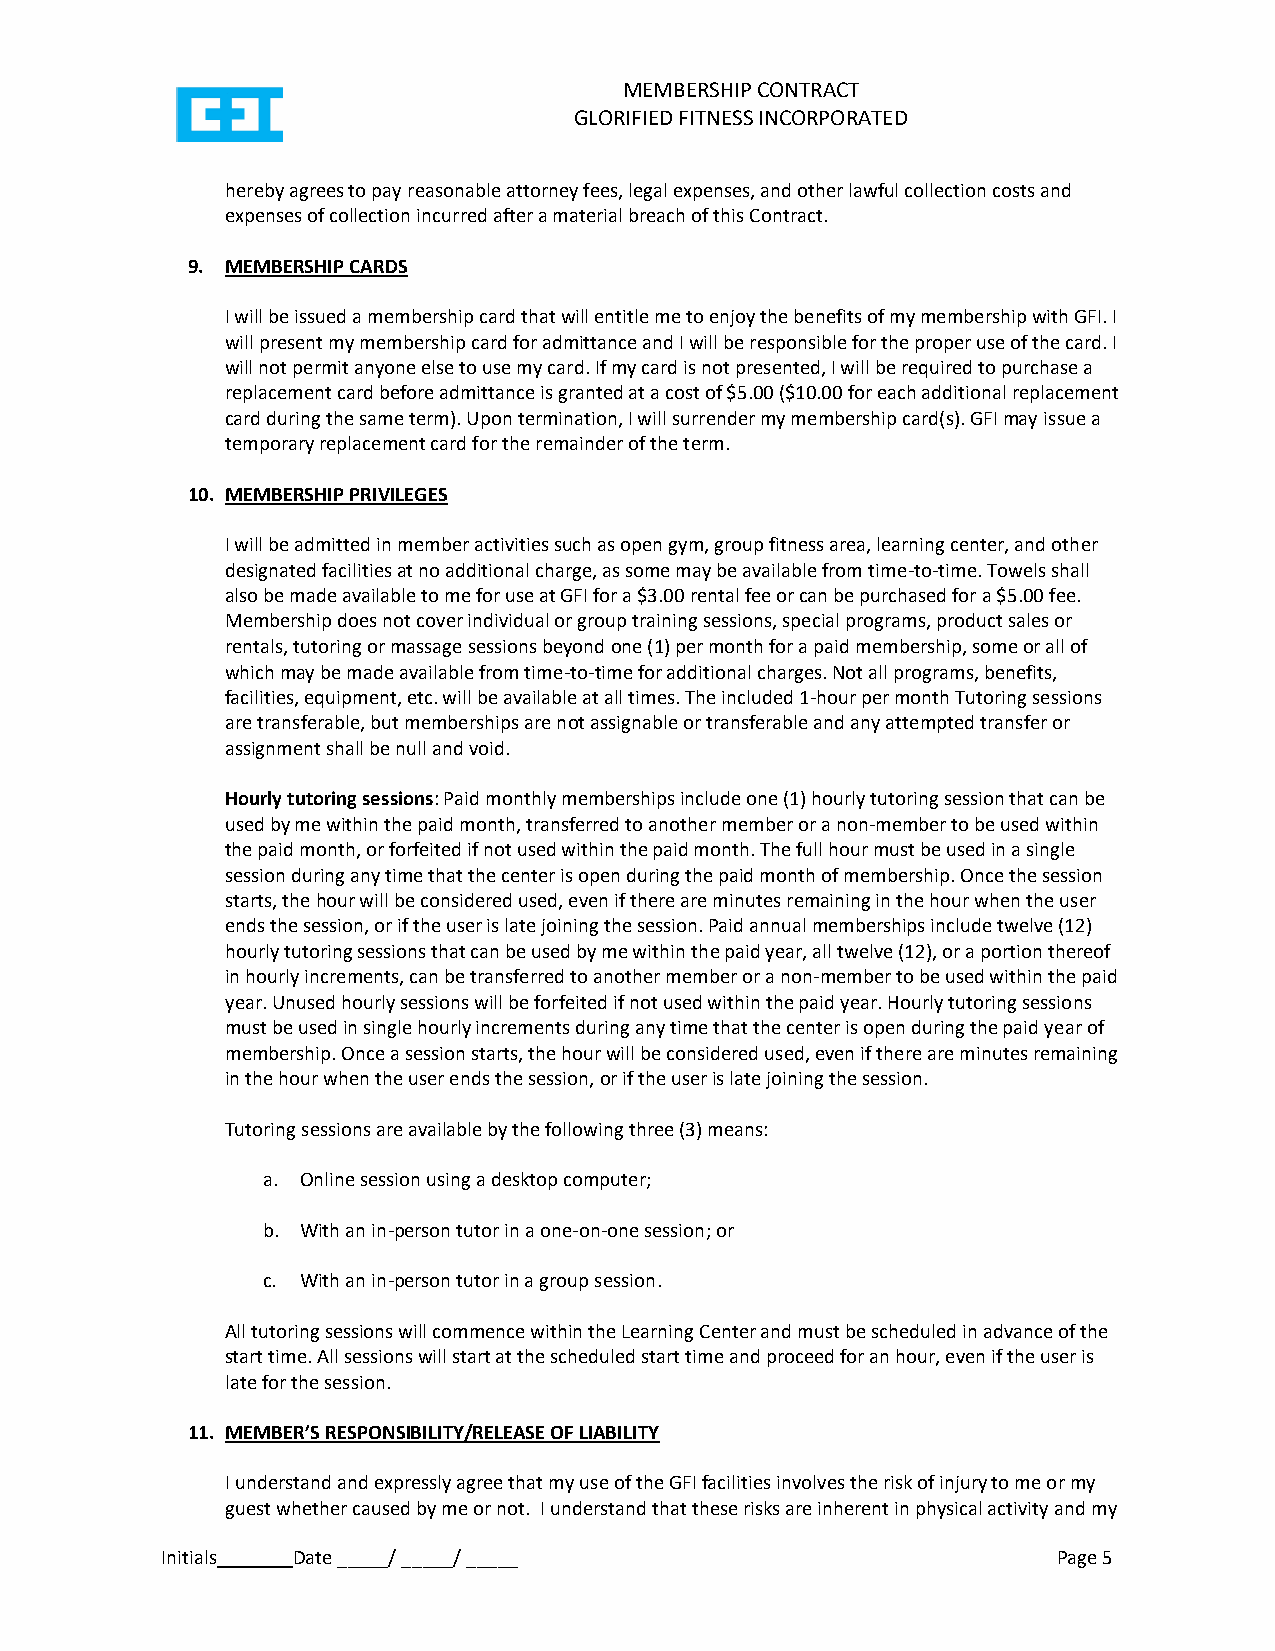
MEMBERSHIP CONTRACT
 GLORIFIED FITNESS INCORPORATED
 hereby agrees to pay reasonable attorney fees, legal expenses, and other lawful collection costs and
 expenses of collection incurred after a material breach of this Contract.
 9. MEMBERSHIP CARDS
 I will be issued a membership card that will entitle me to enjoy the benefits of my membership with GFI. I
 will present my membership card for admittance and I will be responsible for the proper use of the card. I
 will not permit anyone else to use my card. If my card is not presented, I will be required to purchase a
 replacement card before admittance is granted at a cost of $5.00 ($10.00 for each additional replacement
 card during the same term). Upon termination, I will surrender my membership card(s). GFI may issue a
 temporary replacement card for the remainder of the term.
 10. MEMBERSHIP PRIVILEGES
 I will be admitted in member activities such as open gym, group fitness area, learning center, and other
 designated facilities at no additional charge, as some may be available from time-to-time. Towels shall
 also be made available to me for use at GFI for a $3.00 rental fee or can be purchased for a $5.00 fee.
 Membership does not cover individual or group training sessions, special programs, product sales or
 rentals, tutoring or massage sessions beyond one (1) per month for a paid membership, some or all of
 which may be made available from time-to-time for additional charges. Not all programs, benefits,
 facilities, equipment, etc. will be available at all times. The included 1-hour per month Tutoring sessions
 are transferable, but memberships are not assignable or transferable and any attempted transfer or
 assignment shall be null and void.
 Hourly tutoring sessions: Paid monthly memberships include one (1) hourly tutoring session that can be
 used by me within the paid month, transferred to another member or a non-member to be used within
 the paid month, or forfeited if not used within the paid month. The full hour must be used in a single
 session during any time that the center is open during the paid month of membership. Once the session
 starts, the hour will be considered used, even if there are minutes remaining in the hour when the user
 ends the session, or if the user is late joining the session. Paid annual memberships include twelve (12)
 hourly tutoring sessions that can be used by me within the paid year, all twelve (12), or a portion thereof
 in hourly increments, can be transferred to another member or a non-member to be used within the paid
 year. Unused hourly sessions will be forfeited if not used within the paid year. Hourly tutoring sessions
 must be used in single hourly increments during any time that the center is open during the paid year of
 membership. Once a session starts, the hour will be considered used, even if there are minutes remaining
 in the hour when the user ends the session, or if the user is late joining the session.
 Tutoring sessions are available by the following three (3) means:
 a. Online session using a desktop computer;
 b. With an in-person tutor in a one-on-one session; or
 c. With an in-person tutor in a group session.
 All tutoring sessions will commence within the Learning Center and must be scheduled in advance of the
 start time. All sessions will start at the scheduled start time and proceed for an hour, even if the user is
 late for the session.
 11. MEMBER’S RESPONSIBILITY/RELEASE OF LIABILITY
 I understand and expressly agree that my use of the GFI facilities involves the risk of injury to me or my
 guest whether caused by me or not. I understand that these risks are inherent in physical activity and my
 Initials Date _____/ _____/ _____                          Page 5